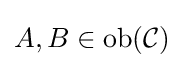
A,B\in {\text{ob}}({\mathcal {C}})